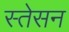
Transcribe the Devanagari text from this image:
स्तेसन